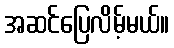
အဆင်ပြေလိမ့်မယ်။